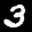
Label: 3